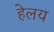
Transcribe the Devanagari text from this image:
हेलय